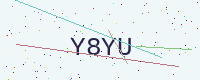
Text: Y8YU